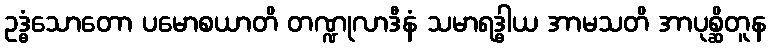
ဥဒ္ဓံသောတော ပမောစယာတိ တဏ္ဍုလာဒီနံ သမာရဒ္ဓါယ အာမသတိ အာပုစ္ဆိတူန